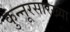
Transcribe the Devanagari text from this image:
कुन्नूरसारख्या